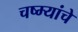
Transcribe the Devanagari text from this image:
चष्म्यांचे